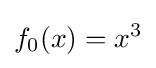
f_{0}(x)=x^{3}